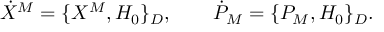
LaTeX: \dot { X } ^ { M } = \{ X ^ { M } , H _ { 0 } \} _ { D } , \qquad \dot { P } _ { M } = \{ P _ { M } , H _ { 0 } \} _ { D } .